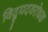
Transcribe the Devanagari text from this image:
विद्युदवरोधक